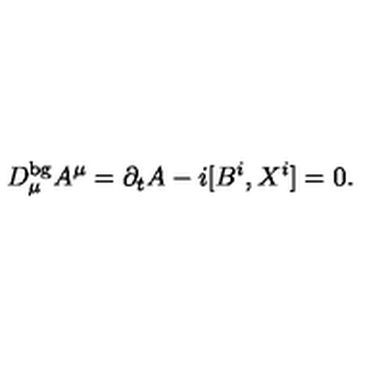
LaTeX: D _ { \mu } ^ { \mathrm { b g } } A ^ { \mu } = \partial _ { t } A - i [ B ^ { i } , X ^ { i } ] = 0 .